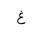
Letter: _gayn